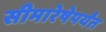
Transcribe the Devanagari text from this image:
सीमारेषेपर्यंत